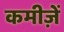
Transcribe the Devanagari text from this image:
कमीज़ें